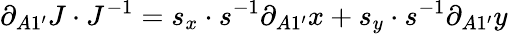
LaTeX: \partial_{A1^{\prime}}J\cdot J^{-1}=s_{x}\cdot s^{-1}\partial_{A1^{\prime}}x+s_{y}\cdot s^{-1}\partial_{A1^{\prime}}y